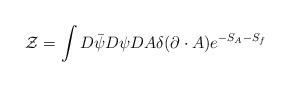
LaTeX: \begin{align*}{\cal Z}=\int D\bar \psi D\psi DA \delta(\partial \cdot A) e^{-S_A-S_f}\end{align*}